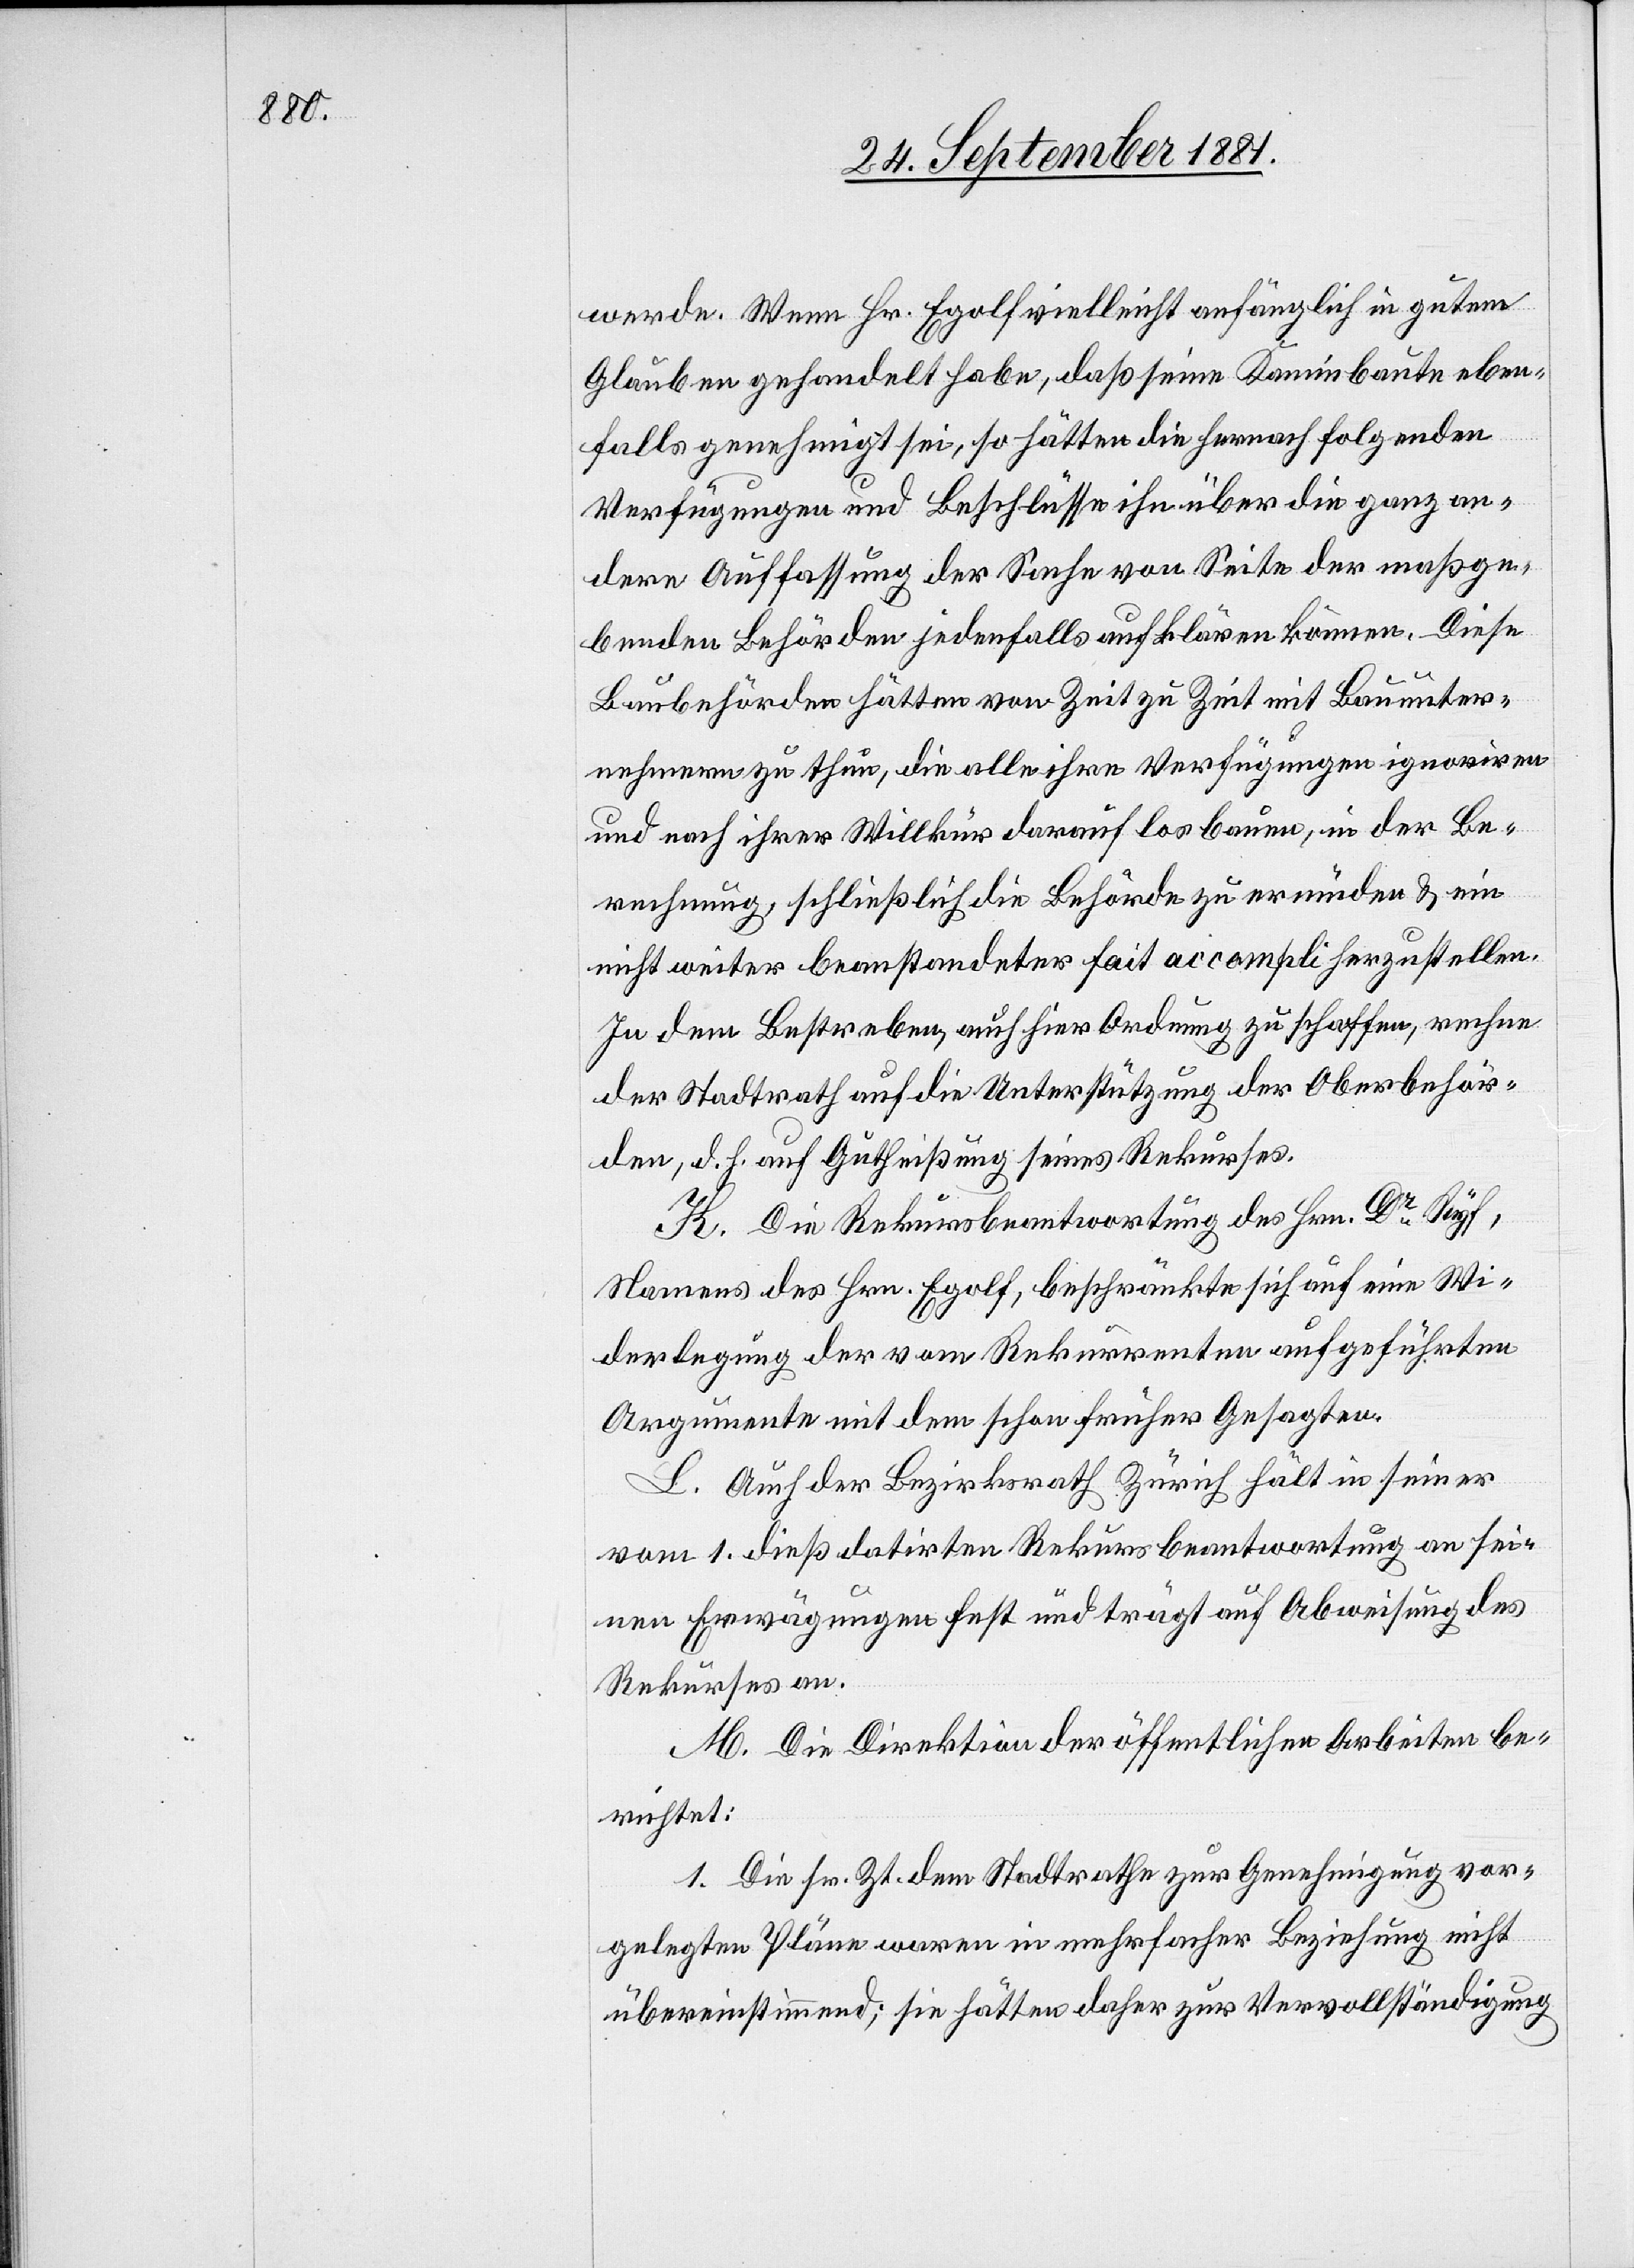
werde. Wenn Hr. Egolf vielleicht anfänglich in gutem
Glauben gehandelt habe, daß seine Kaminbaute eben¬
falls genehmigt sei, so hätten die hernach folgenden
Verfügungen und Beschlüsse ihn über die ganz an¬
dere Auffassung der Sache von Seite der maßge¬
benden Behörde jedenfalls aufklären können. Diese
Baubehörden hätten von Zeit zu Zeit mit Bauunter¬
nehmern zu thun, die alle ihre Verfügungen ignoriren
und nach ihrer Willkür darauf losbauen, in der Be¬
rechnung, schließlich die Behörde zu ermüden & ein
nicht weiter beanstandeter fait accompli herzustellen.
In dem Bestreben, auch hier Ordnung zu schaffen, rechne
der Stadtrath auf die Unterstützung der Oberbehör¬
den, d. h. auf Gutheißung seines Rekurses.
K. Die Rekursbeantwortung des Hrn. Dr Ryf,
Namens des Hrn. Egolf, beschränkte sich auf eine Wi¬
derlegung der vom Rekurrenten aufgeführten
Argumente mit dem schon früher Gesagten.
L. Auch der Bezirksrath Zürich hält in seiner
vom 1. dieß datirten Rekursbeantwortung an sei¬
nen Erwägungen fest und trägt auf Abweisung des
Rekurses an.
M. Die Direktion der öffentlichen Arbeiten be¬
richtet:
1. Die sr. Zt. dem Stadtrathe zur Genehmigung vor¬
gelegten Pläne waren in mehrfacher Beziehung nicht
übereinstimmend; sie hätten daher zur Vervollständigung